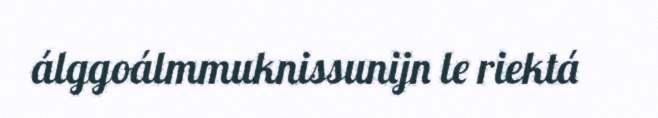
álggoálmmuknissunijn le riektá